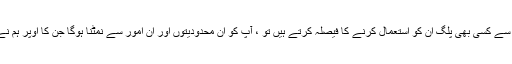
تاہم ، اگر آپ ان میں سے کسی بھی پلگ ان کو استعمال کرنے کا فیصلہ کرتے ہیں تو ، آپ کو ان محدودیتوں اور ان امور سے نمٹنا ہوگا جن کا اوپر ہم نے تبادلہ خیال کیا ہے۔